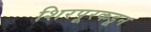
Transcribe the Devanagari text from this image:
शिरपूरकडून